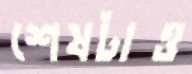
শেষটাও